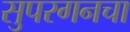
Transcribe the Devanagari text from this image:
सुपरगनचा